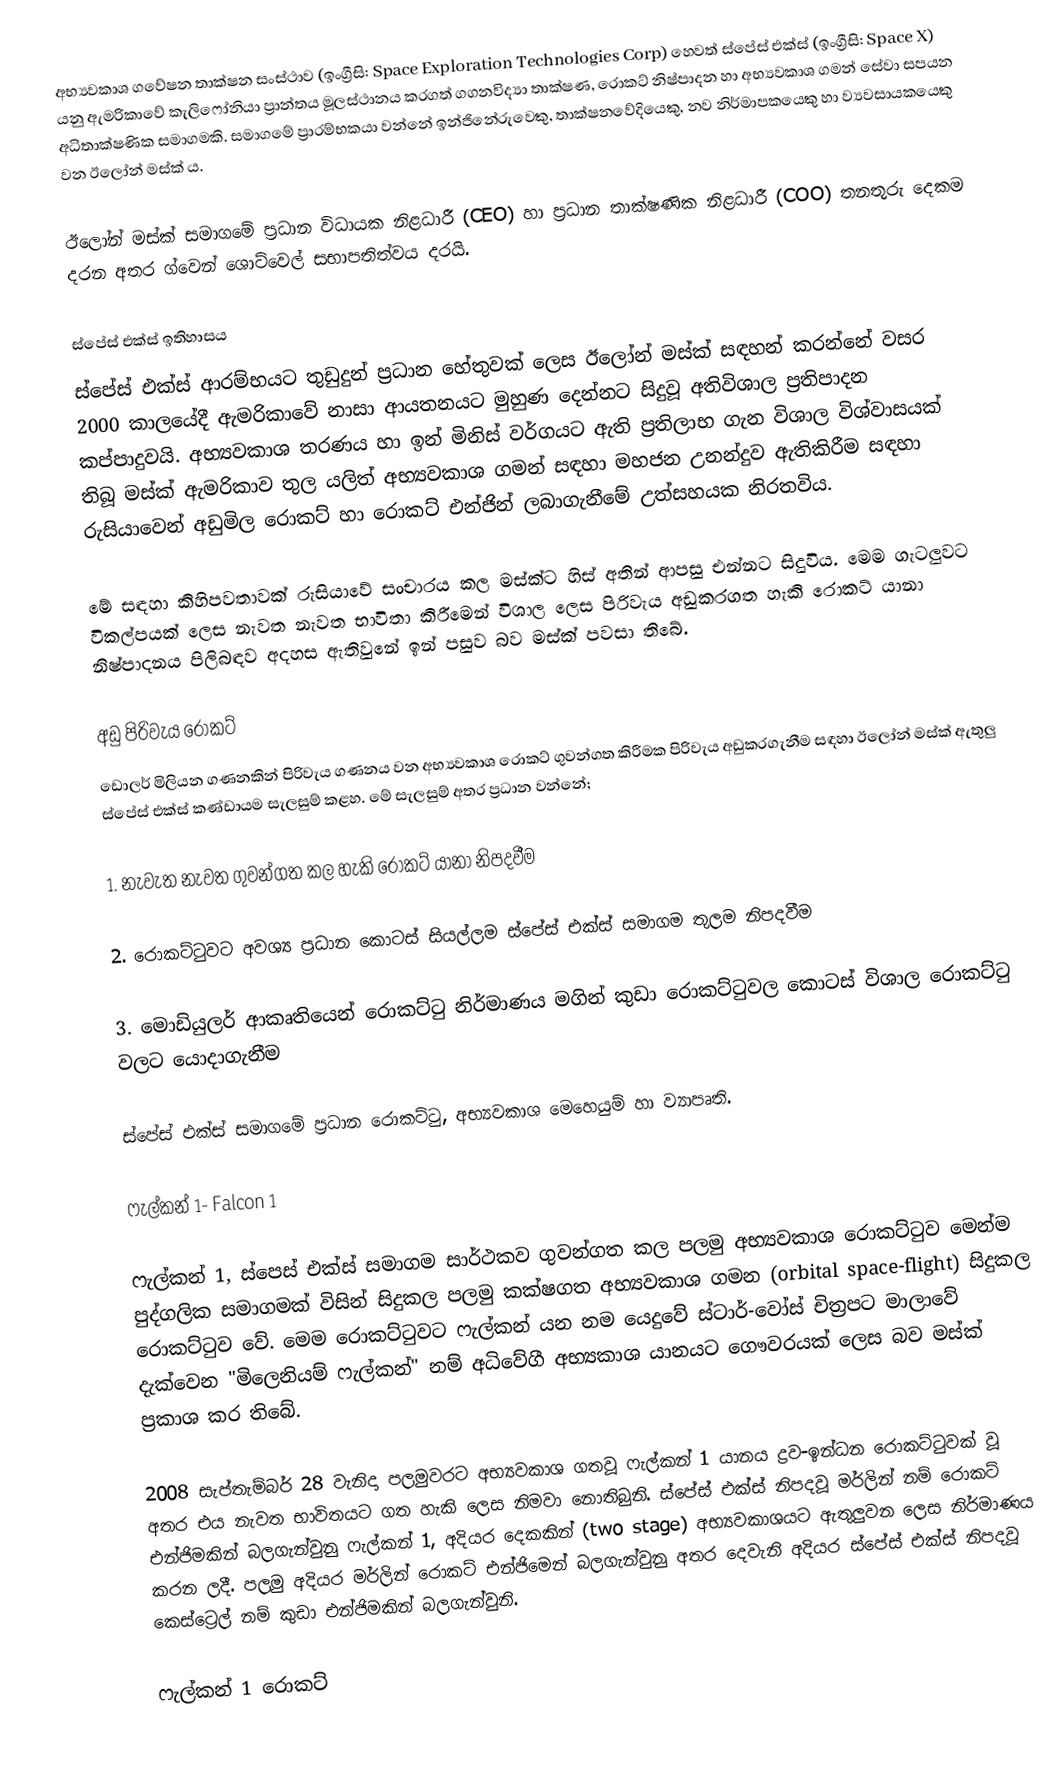
අභ්‍යවකාශ ගවේෂන තාක්ෂන සංස්ථාව (ඉංග්‍රීසි: Space Exploration Technologies Corp) හෙවත් ස්පේස් එක්ස් (ඉංග්‍රීසි: Space X) යනු ඇමරිකාවේ කැලිෆෝනියා ප්‍රාන්තය මූලස්ථානය කරගත් ගගනවිද්‍යා තාක්ෂණ, රොකට් නිෂ්පාදන හා අභ්‍යවකාශ ගමන් සේවා සපයන අධිතාක්ෂණික සමාගමකි. සමාගමේ ප්‍රාරම්භකයා වන්නේ ඉන්ජිනේරුවෙකු, තාක්ෂනවේදියෙකු, නව නිර්මාපකයෙකු හා ව්‍යවසායකයෙකු වන ඊලෝන් මස්ක් ය.

ඊලෝන් මස්ක් සමාගමේ ප්‍රධාන විධායක නිළධාරී (CEO) හා ප්‍රධාන තාක්ෂණික නිළධාරී (COO) තනතුරු දෙකම දරන අතර ග්වෙන් ශොට්වෙල් සභාපතිත්වය දරයි.

ස්පේස් එක්ස් ඉතිහාසය
ස්පේස් එක්ස් ආරම්භයට තුඩුදුන් ප්‍රධාන හේතුවක් ලෙස ඊලෝන් මස්ක් සඳහන් කරන්නේ වසර 2000 කාලයේදී ඇමරිකාවේ නාසා ආයතනයට මුහුණ දෙන්නට සිදුවූ අතිවිශාල ප්‍රතිපාදන කප්පාදුවයි. අභ්‍යවකාශ තරණය හා ඉන් මිනිස් වර්ගයට ඇති ප්‍රතිලාභ ගැන විශාල විශ්වාසයක් තිබූ මස්ක් ඇමරිකාව තුල යලිත් අභ්‍යවකාශ ගමන් සඳහා මහජන උනන්දුව ඇතිකිරීම සඳහා රුසියාවෙන් අඩුමිල රොකට් හා රොකට් එන්ජින් ලබාගැනීමේ උත්සහයක නිරතවිය.

මේ සඳහා කිහිපවතාවක් රුසියාවේ සංචාරය කල මස්ක්ට හිස් අතින් ආපසු එන්නට සිදුවිය. මෙම ගැටලුවට විකල්පයක් ලෙස නැවත නැවත භාවිතා කිරීමෙන් විශාල ලෙස පිරිවැය අඩුකරගත හැකි රොකට් යානා නිෂ්පාදනය පිලිබඳව අදහස ඇතිවුනේ ඉන් පසුව බව මස්ක් පවසා තිබේ.

අඩු පිරිවැය රොකට්
ඩොලර් මිලියන ගණනකින් පිරිවැය ගණනය වන අභ්‍යවකාශ රොකට් ගුවන්ගත කිරීමක පිරිවැය අඩුකරගැනීම සඳහා ඊලෝන් මස්ක් ඇතුලු ස්පේස් එක්ස් කණ්ඩායම සැලසුම් කළහ. මේ සැලසුම් අතර ප්‍රධාන වන්නේ;

1. නැවැත නැවත ගුවන්ගත කල හැකි රොකට් යානා නිපදවීම

2. රොකට්ටුවට අවශ්‍ය ප්‍රධාන කොටස් සියල්ලම ස්පේස් එක්ස් සමාගම තුලම නිපදවීම

3. මොඩියුලර් ආකෘතියෙන් රොකට්ටු නිර්මාණය මගින් කුඩා රොකට්ටුවල කොටස් විශාල රොකට්ටු වලට යොදාගැනීම

ස්පේස් එක්ස් සමාගමේ ප්‍රධාන රොකට්ටු, අභ්‍යවකාශ මෙහෙයුම් හා ව්‍යාපෘති.

ෆැල්කන් 1- Falcon 1

ෆැල්කන් 1, ස්පෙස් එක්ස් සමාගම සාර්ථකව ගුවන්ගත කල පලමු අභ්‍යවකාශ රොකට්ටුව මෙන්ම පුද්ගලික සමාගමක් විසින් සිදුකල පලමු කක්ෂගත අභ්‍යවකාශ ගමන (orbital space-flight) සිදුකල රොකට්ටුව වේ. මෙම රොකට්ටුවට ෆැල්කන් යන නම යෙදුවේ ස්ටාර්-වෝස් චිත්‍රපට මාලාවේ දැක්වෙන "මිලෙනියම් ෆැල්කන්" නම් අධිවේගී අභ්‍යකාශ යානයට ගෞවරයක් ලෙස බව මස්ක් ප්‍රකාශ කර තිබේ.

2008 සැප්තැම්බර් 28 වැනිදා පලමුවරට අභ්‍යවකාශ ගතවූ ෆැල්කන් 1 යානය ද්‍රව-ඉන්ධන රොකට්ටුවක් වූ අතර එය නැවත භාවිතයට ගත හැකි ලෙස නිමවා නොතිබුනි. ස්පේස් එක්ස් නිපදවූ මර්ලින් නම් රොකට් එන්ජිමකින් බලගැන්වුනු ෆැල්කන් 1, අදියර දෙකකින් (two stage) අභ්‍යවකාශයට ඇතුලුවන ලෙස නිර්මාණය කරන ලදී. පලමු අදියර මර්ලින් රොකට් එන්ජිමෙන් බලගැන්වුනු අතර දෙවැනි අදියර ස්පේස් එක්ස් නිපදවූ කෙස්ට්‍රෙල් නම් කුඩා එන්ජිමකින් බලගැන්වුනි.

ෆැල්කන් 1 රොකට්